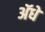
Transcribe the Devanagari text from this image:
ॲधे